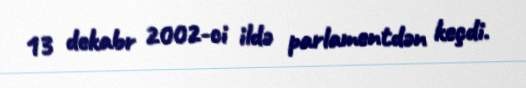
13 dekabr 2002-ci ildə parlamentdən keçdi.